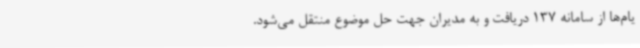
یام‌ها از سامانه 137 دریافت و به مدیران جهت حل موضوع منتقل می‌شود.